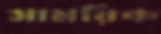
সাময়িক